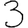
Digit: 3